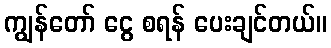
ကျွန်တော် ငွေ စရန် ပေးချင်တယ်။